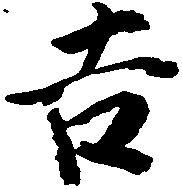
吉